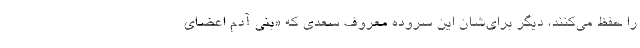
را حفظ می‌کنند، دیگر برای‌شان این سروده معروف سعدی که «بنی آدم اعضای